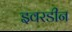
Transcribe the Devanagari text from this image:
इवरडीन